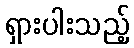
ရှားပါးသည့်